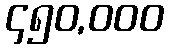
၄၅၀,၀၀၀